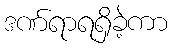
ဒဏ်ရာရရှိခဲ့ကာ